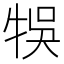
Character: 𤙬